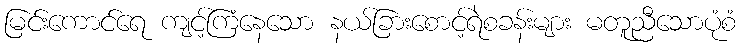
မြင်းကောင်ရေ ကျင့်ကြံနေသော နယ်ခြားစောင့်ရဲစခန်းများ မတူညီသောပုံစံ